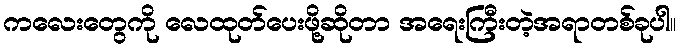
ကလေးတွေကို လေထုတ်ပေးဖို့ဆိုတာ အရေးကြီးတဲ့အရာတစ်ခုပါ။